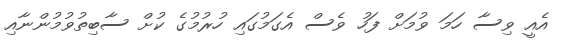
އެއީ ވިސާ ހަމަ ވުމަށް ފަހު ވެސް އެގަމުގައި ހުރުމުގެ ކުށް ސާބިތުވުމުންނާއި